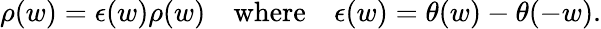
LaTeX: \rho(w)=\epsilon(w)\rho(w)\quad\mathrm{where}\quad\epsilon(w)=\theta(w)-\theta(-w).